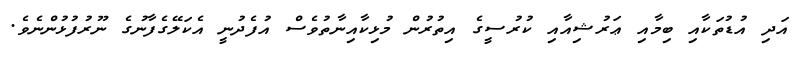
އަދި އުޑުތަކާއި ބިމާއި ޢަރުޝިއާއި ކުރުސީގެ އިތުރުން މުޅިކާއިނާތުވެސް އުފެދުނީ އެކަލޭގެފާނުގެ ނޫރުފުޅުންނެވެ.